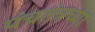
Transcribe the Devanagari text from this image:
पंचतंत्रच्या